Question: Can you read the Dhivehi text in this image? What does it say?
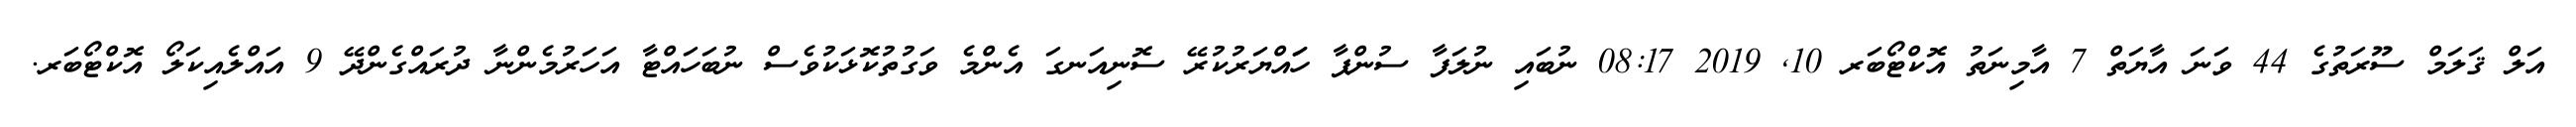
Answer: އަލް ޤަލަމް ސޫރަތުގެ 44 ވަނަ އާޔަތް 7 އާމިނަތު އޮކްޓޯބަރ 10, 2019 08:17 ނުބައި ނުލަފާ ސުންޕާ ހަައްޔަރުކުރޭ ސޮނިއަނގަ އެންމެ ވަގުތުކޮޅަކުވެސް ނުބަހައްޓާ އަހަރުމެންނާ ދުރައްގެންދޭ 9 އައްލެއިކަލޯ އޮކްޓޯބަރ.